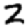
Digit: 2